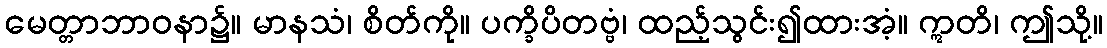
မေတ္တာဘာဝနာ၌။ မာနသံ၊ စိတ်ကို။ ပက္ခိပိတဗ္ဗံ၊ ထည့်သွင်း၍ထားအံ့။ ဣတိ၊ ဤသို့။